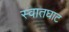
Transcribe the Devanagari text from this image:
स्वातघाट